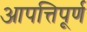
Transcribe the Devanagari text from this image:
आपत्तिपूर्ण